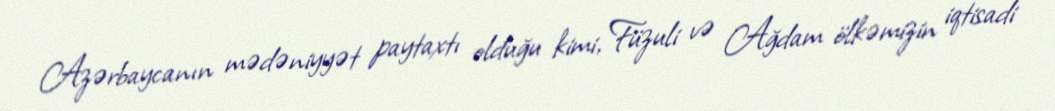
Azərbaycanın mədəniyyət paytaxtı olduğu kimi, Füzuli və Ağdam ölkəmizin iqtisadi